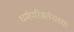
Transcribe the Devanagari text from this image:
धर्मपरिवर्तनाच्या